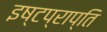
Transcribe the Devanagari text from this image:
इष्टप्राप्ति